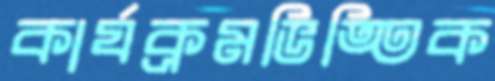
কার্যক্রমভিত্তিক